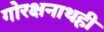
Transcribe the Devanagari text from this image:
गोरक्षनाथही